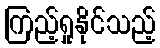
ကြည့်ရှုနိုင်သည့်